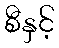
စီနှင့်